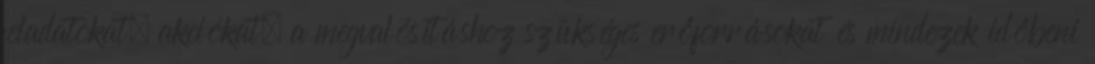
feladatokat, akciókat, a megvalósításhoz szükséges erőforrásokat és mindezek időbeni